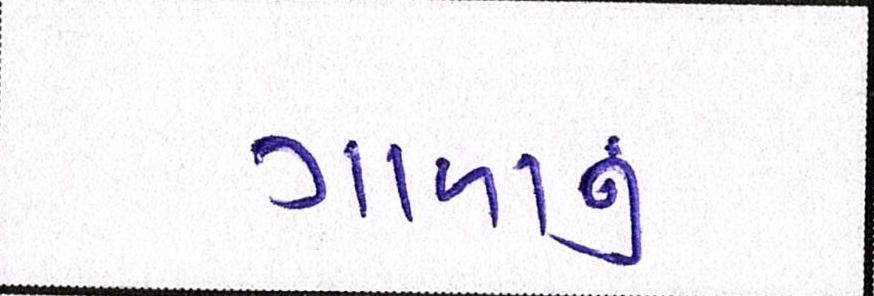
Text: ગાળાનું